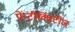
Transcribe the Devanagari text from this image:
ऐंन्टीक्विटीज